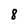
Character: 8